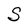
Character: S